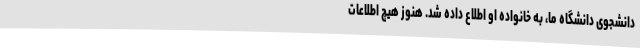
دانشجوی دانشگاه ما، به خانواده او اطلاع داده شد. هنوز هیچ اطلاعات